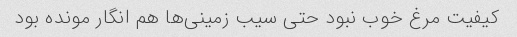
کیفیت مرغ خوب نبود حتی سیب زمینی‌ها هم انگار مونده بود